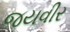
જયવીર